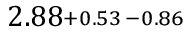
2 . 8 8 \substack { + 0 . 5 3 \, - 0 . 8 6 }